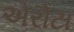
એરોટા